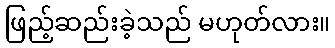
ဖြည့်ဆည်းခဲ့သည် မဟုတ်လား။